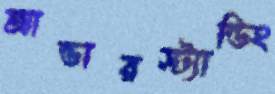
আন্ডারস্ট্যান্ডিং